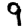
Digit: 9